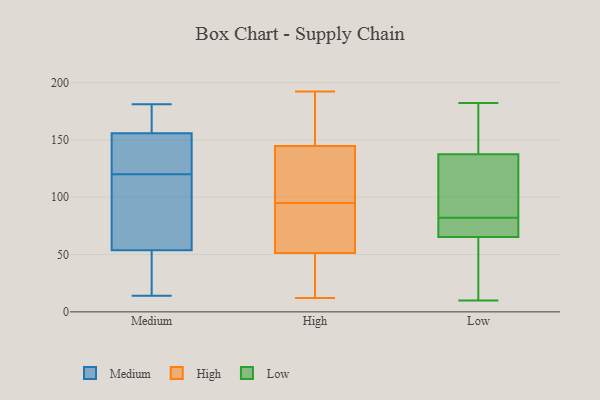
{"axis": {"x": "Market Share (%)", "y": "Value"}, "legend": ["High", "Low", "Medium"], "data": [{"x": "", "y": 26, "type": "Medium"}, {"x": "", "y": 45, "type": "Medium"}, {"x": "", "y": 116, "type": "Medium"}, {"x": "", "y": 120, "type": "Medium"}, {"x": "", "y": 14, "type": "Medium"}, {"x": "", "y": 174, "type": "Medium"}, {"x": "", "y": 156, "type": "Medium"}, {"x": "", "y": 148, "type": "Medium"}, {"x": "", "y": 80, "type": "Medium"}, {"x": "", "y": 112, "type": "Medium"}, {"x": "", "y": 43, "type": "Medium"}, {"x": "", "y": 181, "type": "Medium"}, {"x": "", "y": 177, "type": "Medium"}, {"x": "", "y": 155, "type": "Medium"}, {"x": "", "y": 137, "type": "Medium"}, {"x": "", "y": 186, "type": "High"}, {"x": "", "y": 95, "type": "High"}, {"x": "", "y": 85, "type": "High"}, {"x": "", "y": 20, "type": "High"}, {"x": "", "y": 65, "type": "High"}, {"x": "", "y": 192, "type": "High"}, {"x": "", "y": 156, "type": "High"}, {"x": "", "y": 12, "type": "High"}, {"x": "", "y": 52, "type": "High"}, {"x": "", "y": 168, "type": "High"}, {"x": "", "y": 51, "type": "High"}, {"x": "", "y": 20, "type": "High"}, {"x": "", "y": 81, "type": "High"}, {"x": "", "y": 150, "type": "High"}, {"x": "", "y": 101, "type": "High"}, {"x": "", "y": 122, "type": "High"}, {"x": "", "y": 128, "type": "High"}, {"x": "", "y": 111, "type": "High"}, {"x": "", "y": 24, "type": "High"}, {"x": "", "y": 164, "type": "Low"}, {"x": "", "y": 74, "type": "Low"}, {"x": "", "y": 102, "type": "Low"}, {"x": "", "y": 178, "type": "Low"}, {"x": "", "y": 82, "type": "Low"}, {"x": "", "y": 61, "type": "Low"}, {"x": "", "y": 142, "type": "Low"}, {"x": "", "y": 81, "type": "Low"}, {"x": "", "y": 72, "type": "Low"}, {"x": "", "y": 105, "type": "Low"}, {"x": "", "y": 69, "type": "Low"}, {"x": "", "y": 124, "type": "Low"}, {"x": "", "y": 45, "type": "Low"}, {"x": "", "y": 10, "type": "Low"}, {"x": "", "y": 16, "type": "Low"}, {"x": "", "y": 64, "type": "Low"}, {"x": "", "y": 182, "type": "Low"}, {"x": "", "y": 170, "type": "Low"}, {"x": "", "y": 83, "type": "Low"}]}